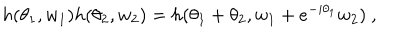
LaTeX: h ( \theta _ { 1 } , w _ { 1 } ) h ( \theta _ { 2 } , w _ { 2 } ) = h ( \theta _ { 1 } + \theta _ { 2 } , w _ { 1 } + e ^ { - i \theta _ { 1 } } w _ { 2 } ) ~ ,